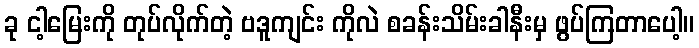
ခု ငါ့မြေးကို တုပ်လိုက်တဲ့ ဗဒူကျင်း ကိုလဲ စခန်းသိမ်းခါနီးမှ ဖွပ်ကြတာပေါ့။